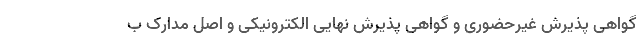
گواهی پذیرش غیرحضوری و گواهی پذیرش نهایی الکترونیکی و اصل مدارک ب